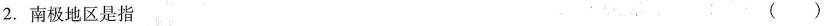
2. 南极地区是指 ( )